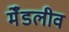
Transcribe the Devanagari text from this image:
मेँडलीव